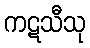
ကဋသီသု